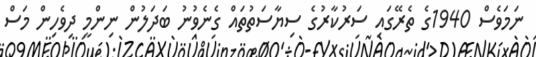
ނަމަވެސް 1940ގެ ތެރޭގައި ސަރުކާރުގެ ސިޔާސަތުތައް ގެނެވުނު ބަދަލުން ނިންމީ ދިވެހިން މަސް